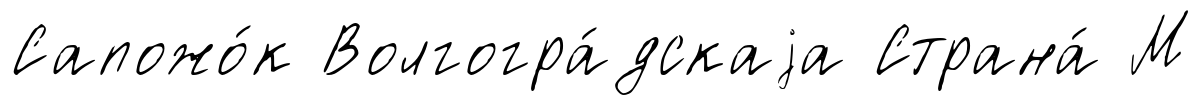
Сапожо́к Волгогра́дскаjа Страна́ М